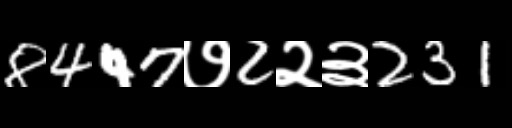
Text: 8447७2२३231